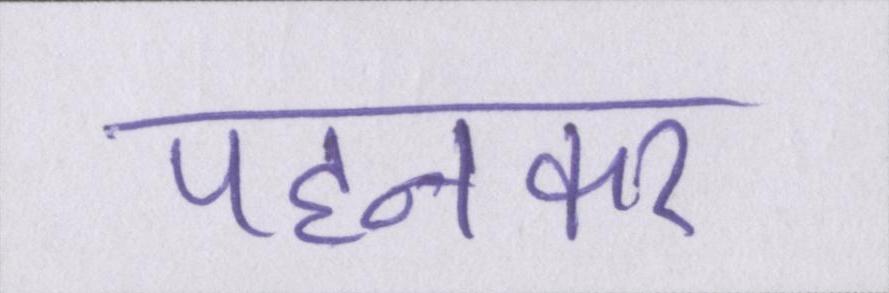
पहनकर